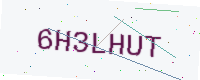
Text: 6H3LHUT